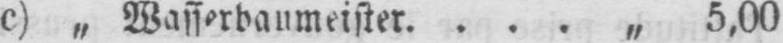
c) „ Wasserbaumeister .... „ 5,00